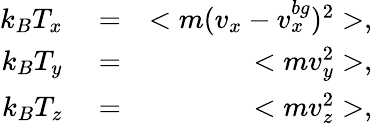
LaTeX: \begin{array}{rlr}{k_{B}T_{x}}&{{}=}&{<m(v_{x}-v_{x}^{bg})^{2}>,}\\ {k_{B}T_{y}}&{{}=}&{<mv_{y}^{2}>,}\\ {k_{B}T_{z}}&{{}=}&{<mv_{z}^{2}>,}\end{array}